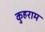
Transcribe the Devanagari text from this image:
कुहराम